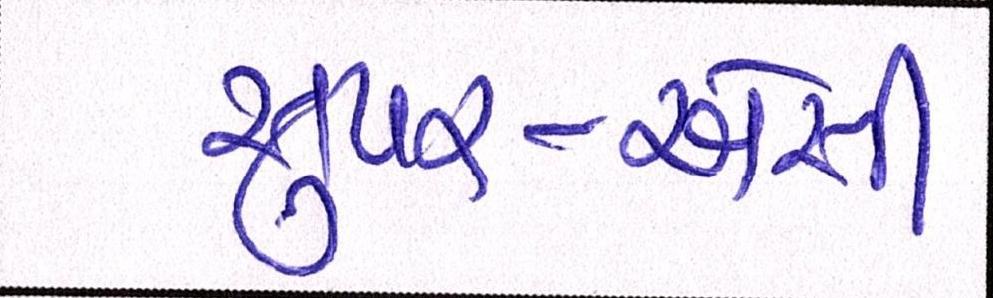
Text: સુપર-એસી